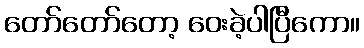
တော်တော်တော့ ဝေးခဲ့ပါပြီကော။